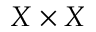
X \times X